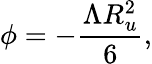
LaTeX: \phi=-\frac{\Lambda R_{u}^{2}}{6},